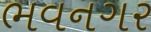
ભવનગર